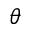
\theta